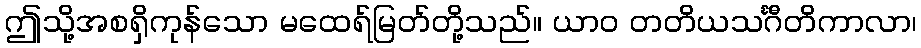
ဤသို့အစရှိကုန်သော မထေရ်မြတ်တို့သည်။ ယာဝ တတိယသင်္ဂီတိကာလာ၊